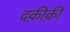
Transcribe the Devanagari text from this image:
दक़ीक़ी